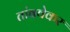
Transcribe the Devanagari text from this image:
तांबवेकर